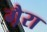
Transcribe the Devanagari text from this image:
गै़रा